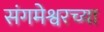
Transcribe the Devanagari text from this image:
संगमेश्वरच्या